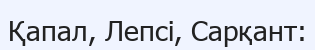
Қапал, Лепсі, Сарқант: